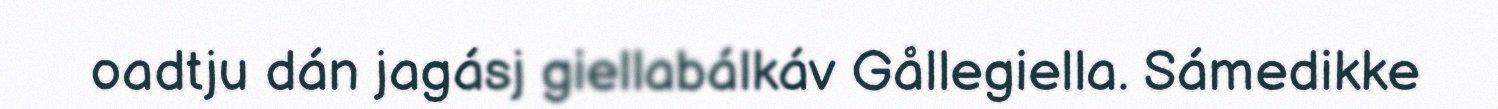
oadtju dán jagásj giellabálkáv Gållegiella. Sámedikke